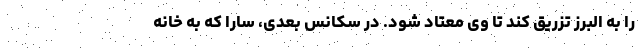
را به البرز تزریق کند تا وی معتاد شود. در سکانس بعدی، سارا که به خانه